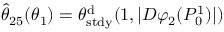
\hat { \theta } _ { 2 5 } ( \theta _ { 1 } ) = \theta _ { \mathrm { s t d y } } ^ { \mathrm { d } } ( 1 , | D \varphi _ { 2 } ( P _ { 0 } ^ { 1 } ) | )